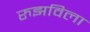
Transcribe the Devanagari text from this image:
रुझविला